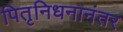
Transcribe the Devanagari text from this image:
पितृनिधनानंतर